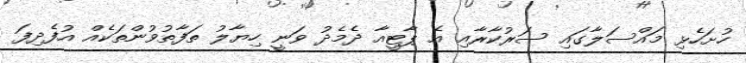
ހުށަހެޅި މައްސަލާގައި ސަރުކާރާއި އެ ޕާޓީއާ ދެމެދު ވަނީ ހިޔާލު ތަފާތުވުންތަކެއް އުފެދިފަ